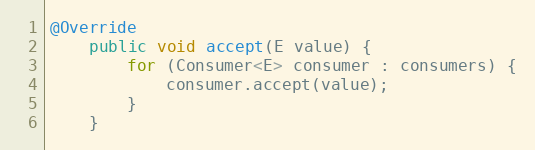
Language: Java
@Override
    public void accept(E value) {
        for (Consumer<E> consumer : consumers) {
            consumer.accept(value);
        }
    }